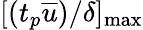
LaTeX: [(t_{p}\overline{{u}})/\delta]_{\mathrm{max}}